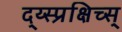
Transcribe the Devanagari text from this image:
द्य्स्प्रक्षिच्स्